Vabadussoja_Ajaloo_Komitee, lk 52
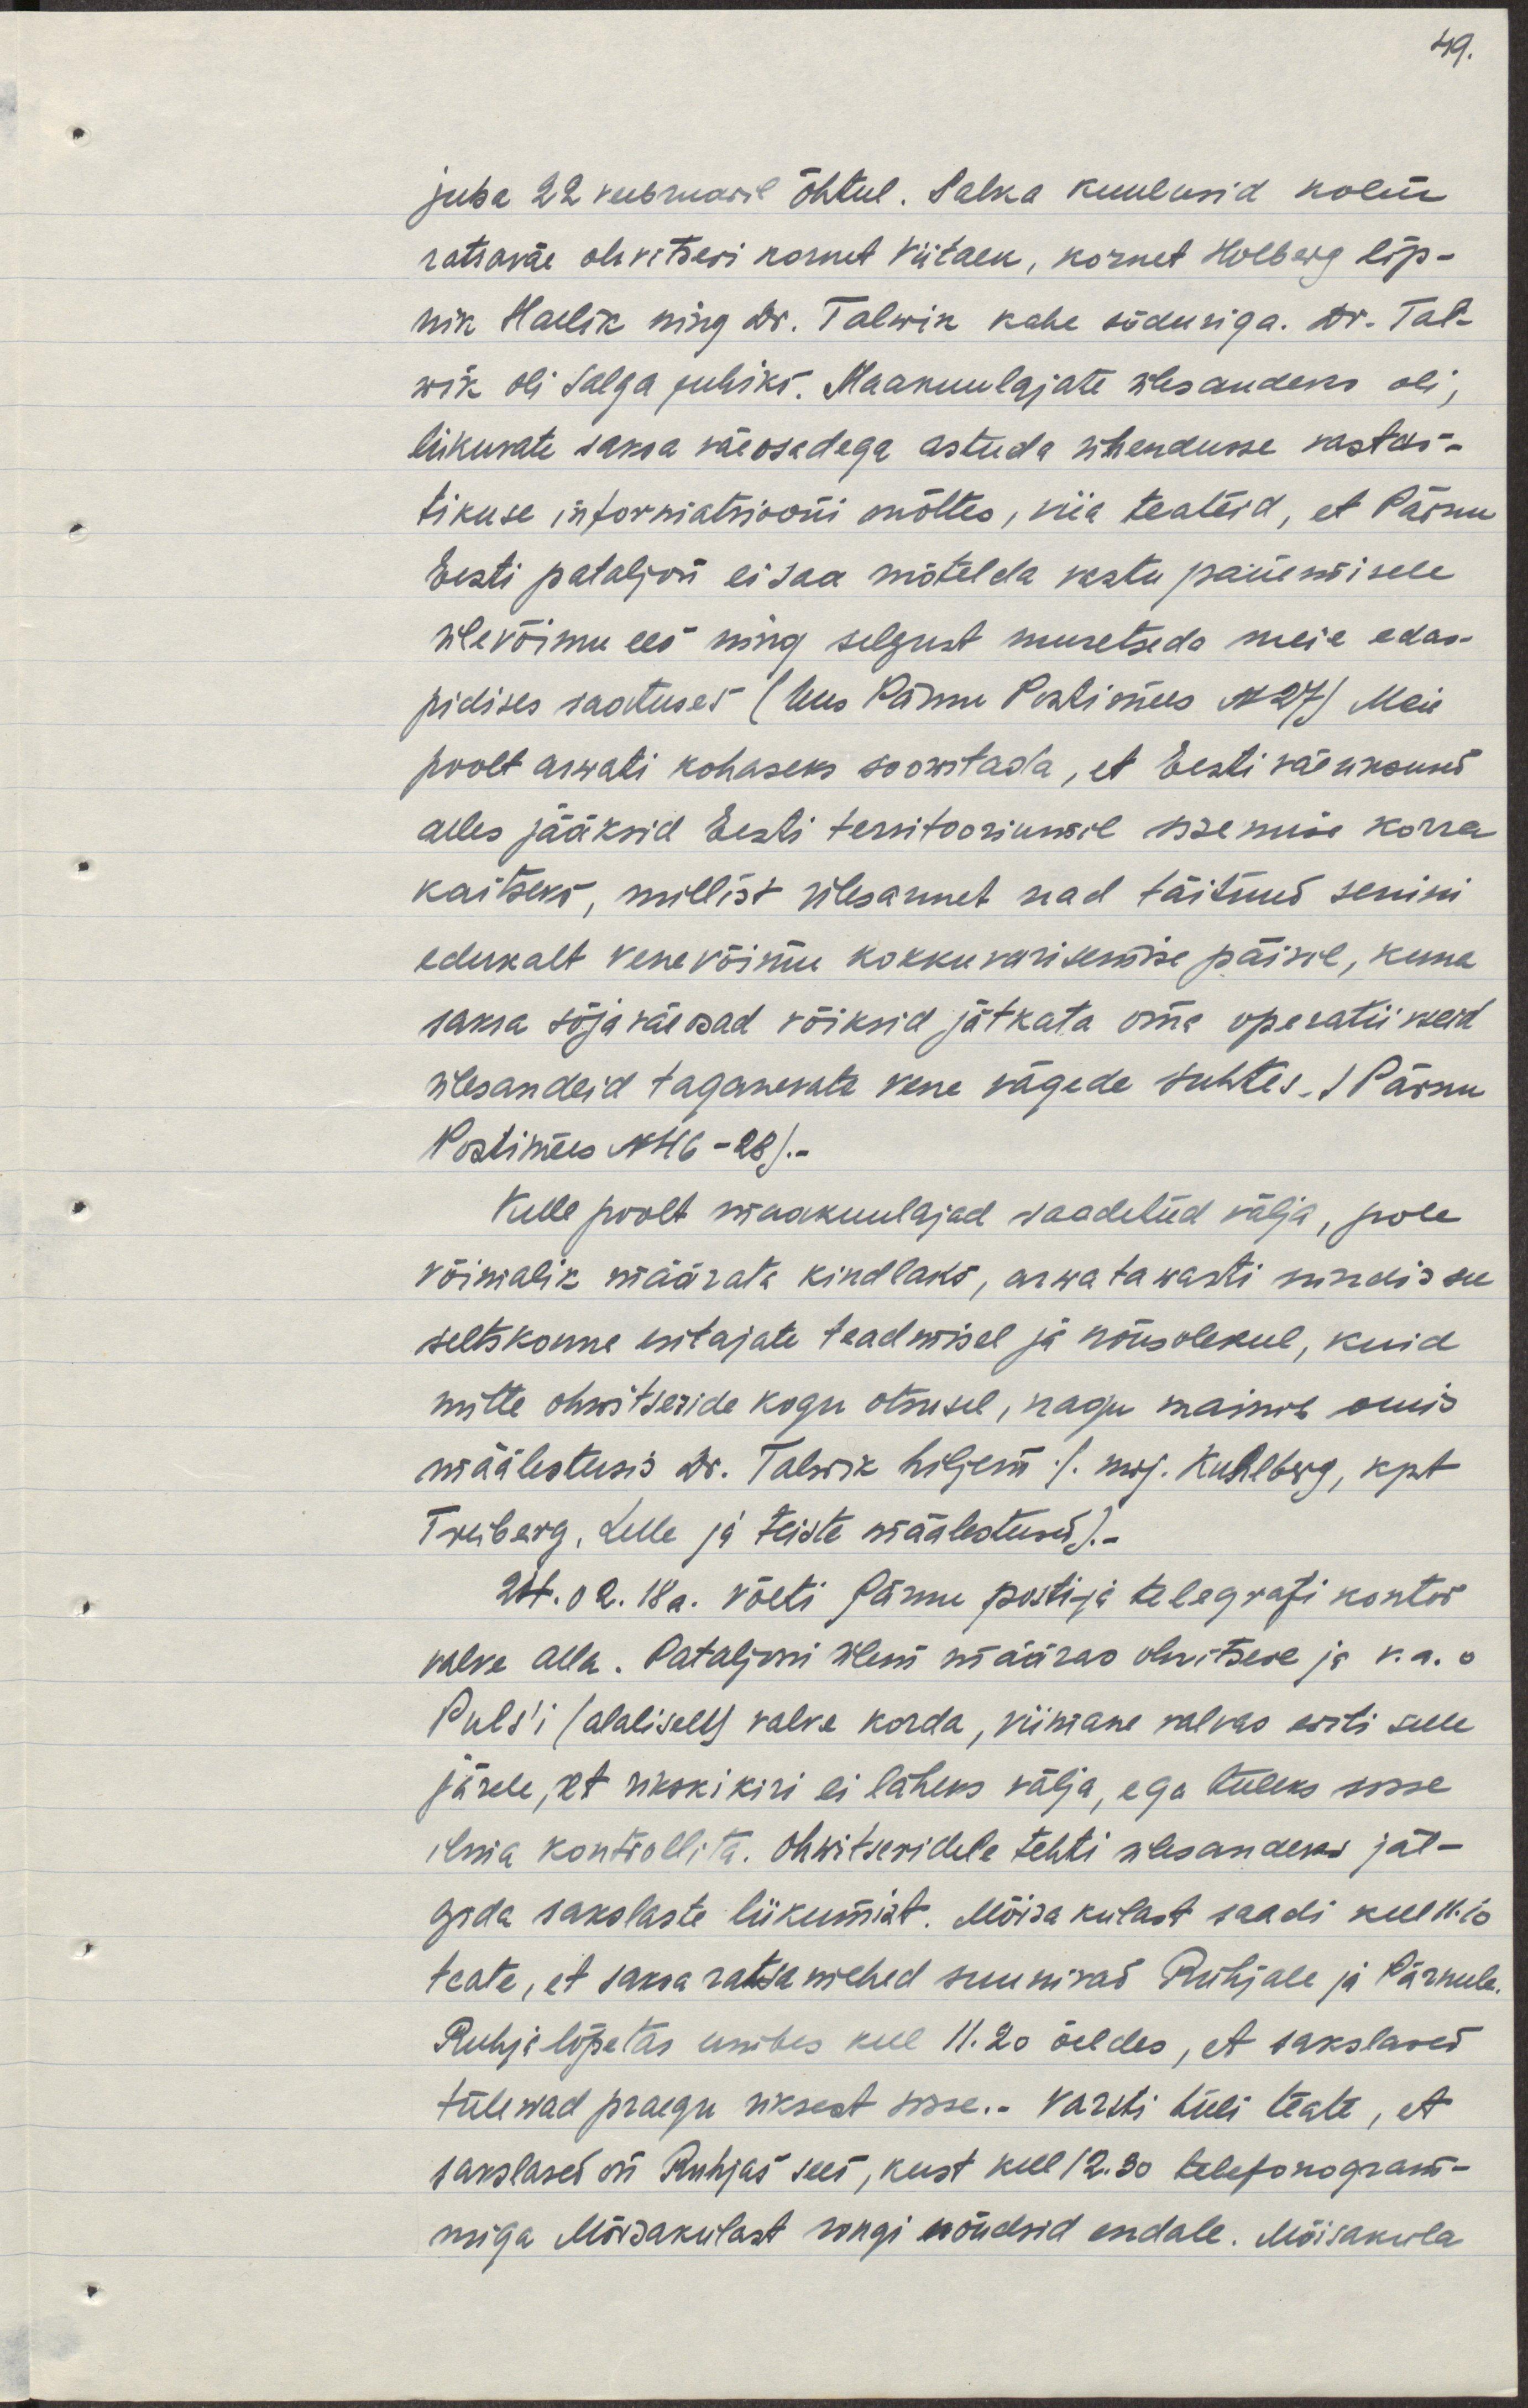
juba 22 veebruaril õhtul. Salka kuulusid kolm
ratsaväe ohvitseri kornet Viitalk, kornet Holberg lip-
nik Hallik ning dr. Talwik kahe sõduriga. Dr. Tal.-
wik oli salga juhiks. Maakuulajate ülesandeks oli;
liikuvate saksa väeosadega astuda ühendusse vastas-
tikuse informatsiooni mõttes, viia teateid, et Pärnu
Eesti pataljoni ei saa mõtleda vastu panemisele
ülevõimu ees ning selgust muretseda meie edas-
pidises saatuses (Uus Pärnu Postimees N 27) Meie
poolt arwati kohaseks soowitada, et Eesti väeüksused
alles jääksid Eesti territooriumil sisemise korra
kaitseks, millist ülesannet nad täitnud senini
edukalt venevõimu kokkuvarisemise päevil, kuna
saksa sõjaväeosad võiksid jätkata oma operatiivseid
ülesandeid taganevate vene vägede suhtes /Pärnu 
Postimees N 116-28/.-
Kelle poolt maakuulajad saadetud välja, pole
võimalik määrata kindlaks, arwatawasti mindi selle
seltskonna esitajate teadmisel ja nõusolekul, kuid
mitte ohwitseride kogu otsusel, nagu mainib oma
määlestuses dr Talwik hiljem / maj. Kuhlberg, kpt
Treiberg, Lelle ja teiste määlestused).-
24.02.18. a. võeti Pärnu posti- ja telegrafi kontor
valve alla. Pataljoni ülem määras ohvitsere ja v.a. o
Puls´i (alaliselt) valve korda, viimane valvas eriti selle
järele, et ükski kiri ei läheks välja, ega tuleks sisse
ilma kontrollita. Ohwitseridele tehti ülesandeks jäl-
gida sakslaste liikumist. Mõisakülast saadi kell 11.10
teate, et saksa ratsa mehed suunivad Ruhjale ja Pärnule.
Ruhja lõpetas umbes kell 11.20 öeldes, et sakslased
tulewad praegu uksest sisse.- Varsti tuli teate, et
sakslased on Ruhjas sees, kust kell 12.30 telefonogram-
miga Mõisakülast rongi nõudsid endale. Mõisaküla